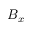
B _ { x }